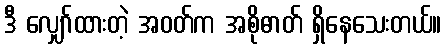
ဒီ လျှော်ထားတဲ့ အဝတ်က အစိုဓာတ် ရှိနေသေးတယ်။